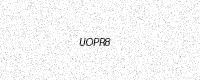
Text: UOPR8